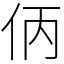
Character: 㑂